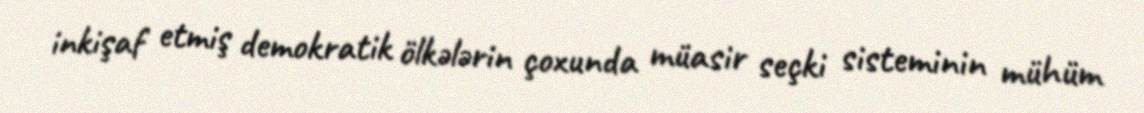
inkişaf etmiş demokratik ölkələrin çoxunda müasir seçki sisteminin mühüm